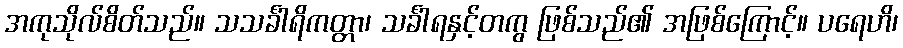
အကုသိုလ်စိတ်သည်။ သသင်္ခါရိကတ္တာ၊ သင်္ခါရနှင့်တကွ ဖြစ်သည်၏ အဖြစ်ကြောင့်။ ပရေဟိ၊